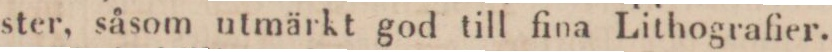
ster, såsom utmärkt god till fina Lithografier.